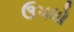
ઉપધો